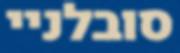
סובלניי